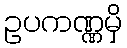
ဥပကဏ္ဏမှိ